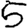
Digit: 5